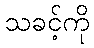
သခင့်ကို